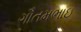
ગૌતમભાઇ